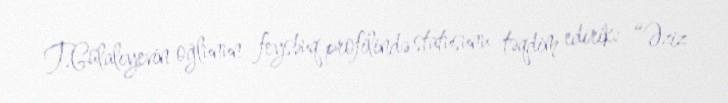
T.Gülalıyevin oğlunun feysbuq profilində statusunu təqdim edirik: “Əziz